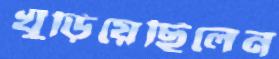
খুঁড়িয়েছিলেন